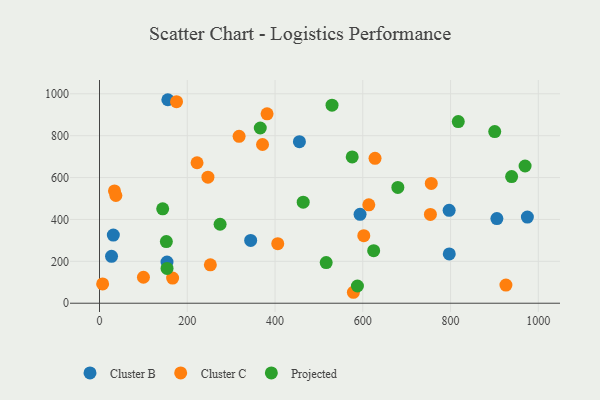
{"axis": {"x": "Experience", "y": "Sales"}, "legend": ["Cluster B", "Cluster C", "Projected"], "data": [{"x": "905.6", "y": 404.4, "type": "Cluster B"}, {"x": "796.8", "y": 443.5, "type": "Cluster B"}, {"x": "27.4", "y": 223.9, "type": "Cluster B"}, {"x": "593.8", "y": 424.4, "type": "Cluster B"}, {"x": "31.5", "y": 325.5, "type": "Cluster B"}, {"x": "155.7", "y": 971.7, "type": "Cluster B"}, {"x": "153.8", "y": 196.6, "type": "Cluster B"}, {"x": "455.6", "y": 771.6, "type": "Cluster B"}, {"x": "975.1", "y": 411.3, "type": "Cluster B"}, {"x": "344.5", "y": 299.8, "type": "Cluster B"}, {"x": "797.1", "y": 235.5, "type": "Cluster B"}, {"x": "756.1", "y": 572.1, "type": "Cluster C"}, {"x": "578.6", "y": 52.3, "type": "Cluster C"}, {"x": "252.6", "y": 183.2, "type": "Cluster C"}, {"x": "7.1", "y": 92.2, "type": "Cluster C"}, {"x": "926.2", "y": 86.5, "type": "Cluster C"}, {"x": "34.1", "y": 536.1, "type": "Cluster C"}, {"x": "613.7", "y": 469.9, "type": "Cluster C"}, {"x": "175.5", "y": 962.6, "type": "Cluster C"}, {"x": "371.5", "y": 757.9, "type": "Cluster C"}, {"x": "166.6", "y": 119.9, "type": "Cluster C"}, {"x": "222.3", "y": 670.8, "type": "Cluster C"}, {"x": "406.2", "y": 284.2, "type": "Cluster C"}, {"x": "100.1", "y": 124.0, "type": "Cluster C"}, {"x": "627.9", "y": 691.8, "type": "Cluster C"}, {"x": "754.1", "y": 423.8, "type": "Cluster C"}, {"x": "381.9", "y": 904.5, "type": "Cluster C"}, {"x": "247.1", "y": 602.1, "type": "Cluster C"}, {"x": "602.3", "y": 322.6, "type": "Cluster C"}, {"x": "37.3", "y": 514.3, "type": "Cluster C"}, {"x": "318.1", "y": 797.0, "type": "Cluster C"}, {"x": "366.4", "y": 836.6, "type": "Projected"}, {"x": "624.8", "y": 251.1, "type": "Projected"}, {"x": "817.6", "y": 867.6, "type": "Projected"}, {"x": "516.6", "y": 194.0, "type": "Projected"}, {"x": "575.9", "y": 698.4, "type": "Projected"}, {"x": "900.7", "y": 819.8, "type": "Projected"}, {"x": "679.9", "y": 552.9, "type": "Projected"}, {"x": "587.8", "y": 82.2, "type": "Projected"}, {"x": "153.9", "y": 166.2, "type": "Projected"}, {"x": "152.3", "y": 294.3, "type": "Projected"}, {"x": "274.8", "y": 377.2, "type": "Projected"}, {"x": "969.9", "y": 655.3, "type": "Projected"}, {"x": "144.0", "y": 450.6, "type": "Projected"}, {"x": "529.9", "y": 945.9, "type": "Projected"}, {"x": "939.2", "y": 604.7, "type": "Projected"}, {"x": "464.2", "y": 482.4, "type": "Projected"}]}